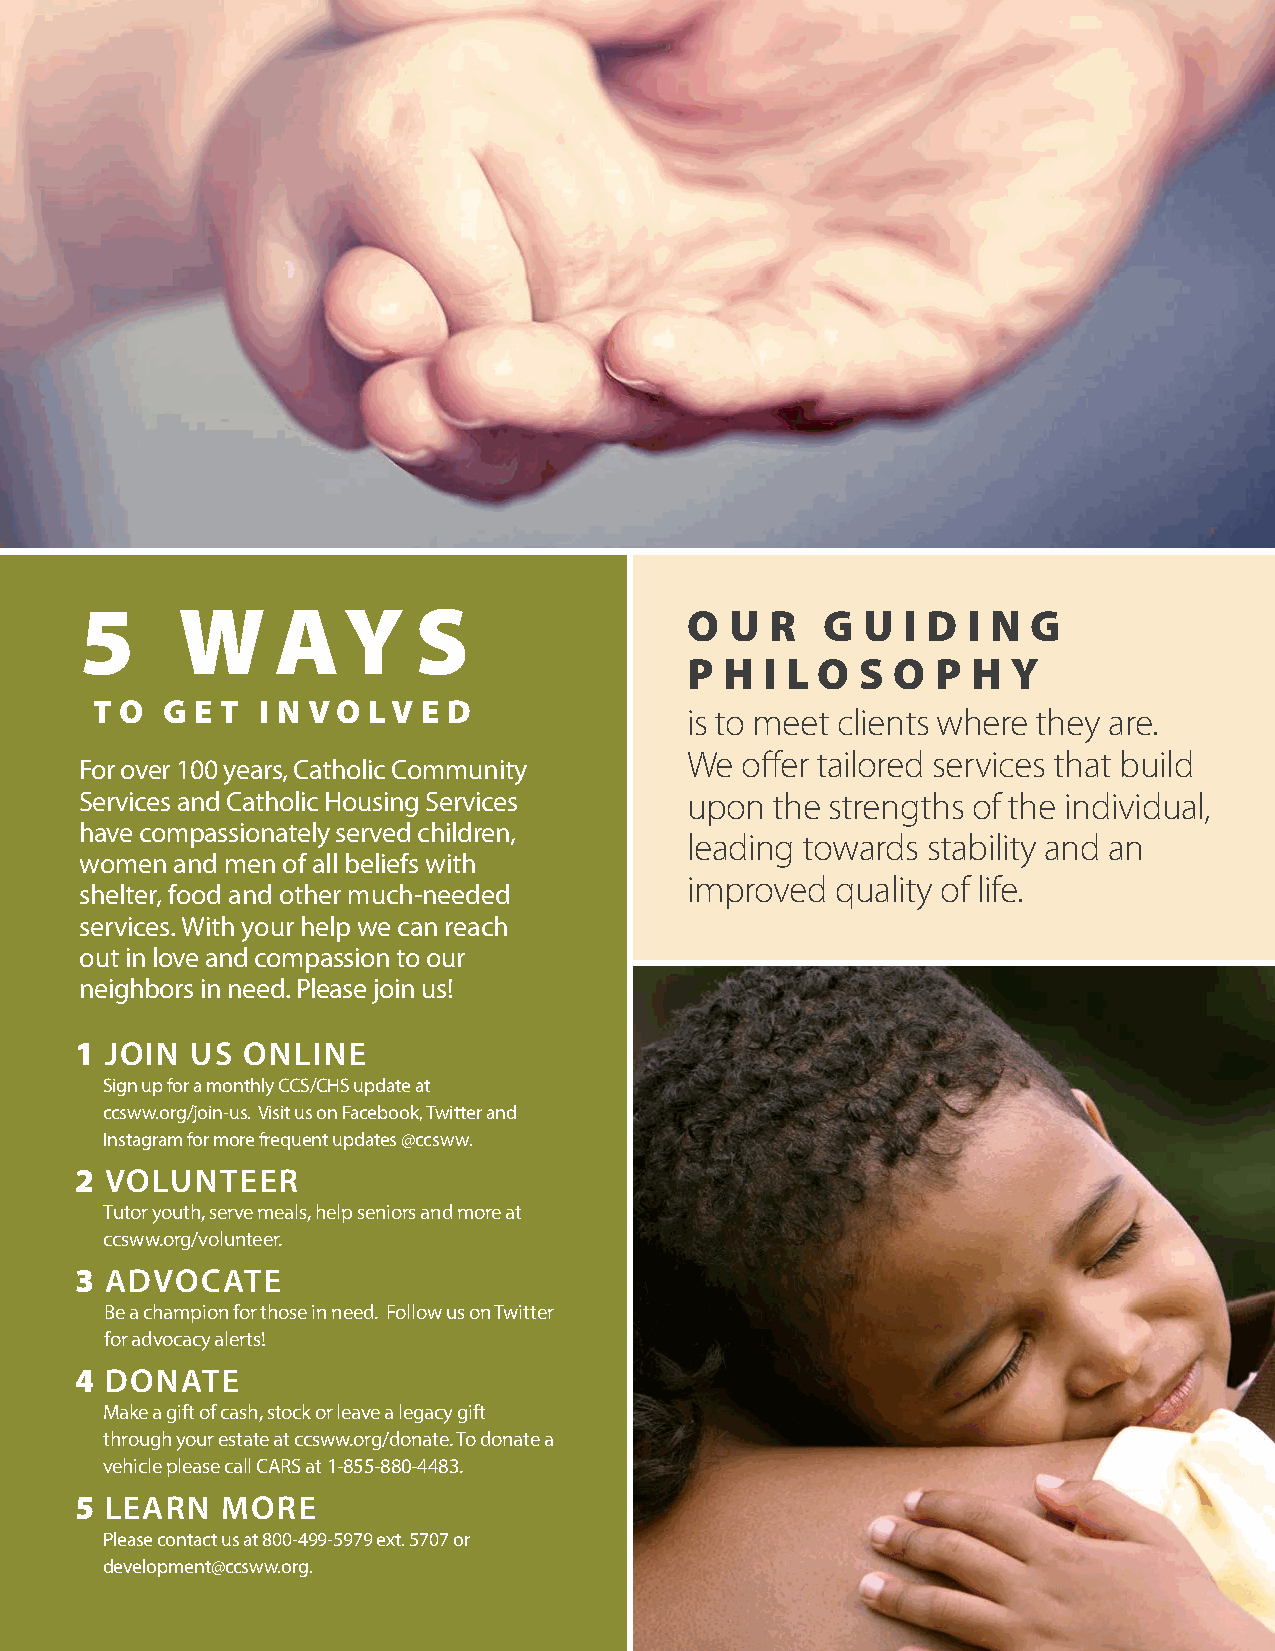
5      W     AY       S                  O U  R  G  U  I D I N G
 P H  I L O S O  P H  Y
 T O  G E T I N V O LV E D
 is to meet clients where they are.
 We  offer tailored services that build
 For over 100 years, Catholic Community
 Services and Catholic Housing Services  upon  the strengths of the individual,
 have compassionately served children,
 leading towards stability and an
 women and men of all beliefs with
 improved  quality of life.
 shelter, food and other much-needed
 services. With your help we can reach
 out in love and compassion to our
 neighbors in need. Please join us!
 1 JOIN  US ONLINE
 Sign up for a monthly CCS/CHS update at
 ccsww.org/join-us. Visit us on Facebook, Twitter and
 Instagram for more frequent updates @ccsww.
 2 VOLUNTEER
 Tutor youth, serve meals, help seniors and more at
 ccsww.org/volunteer.
 3 ADVOCATE
 Be a champion for those in need. Follow us on Twitter
 for advocacy alerts!
 4 DONATE
 Make a gift of cash, stock or leave a legacy gift
 through your estate at ccsww.org/donate. To donate a
 vehicle please call CARS at 1-855-880-4483.
 5 LEARN   MORE
 Please contact us at 800-499-5979 ext. 5707 or
 development@ccsww.org.